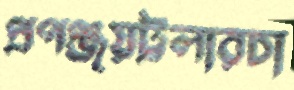
প্রণঞ্জয়ট্রলারচা